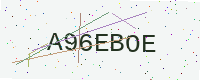
Text: A96EBOE